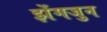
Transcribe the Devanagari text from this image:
झेंगजुन